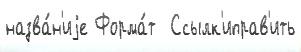
назва́н'иjе Форма́т  Ссылк'иправ'ить